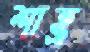
শাহ্র